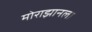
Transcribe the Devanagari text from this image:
मोराझानला